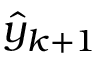
\hat { y } _ { k + 1 }